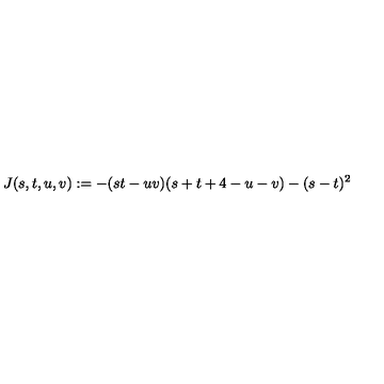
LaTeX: J ( s , t , u , v ) : = - ( s t - u v ) ( s + t + 4 - u - v ) - ( s - t ) ^ { 2 } \,